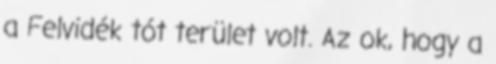
a Felvidék tót terület volt. Az ok, hogy a